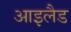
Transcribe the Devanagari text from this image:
आइलैड